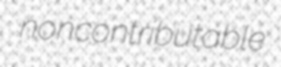
noncontributable